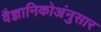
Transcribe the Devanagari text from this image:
वैज्ञानिकोअंनुसार